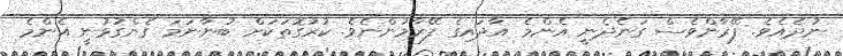
ނުދެއެވެ. ފޭރާންވެސް ގަނެދެނީ އެންމެ އާދައިގެ ފޭރާމުންނެވެ. ކުރުގޮތަކަށް ބުނާނަމަ ގެންގުޅުނީ އެންމެ